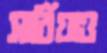
সার্বিয়াও